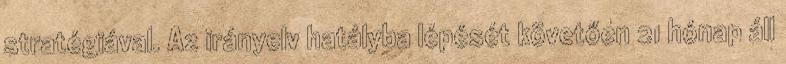
stratégiával. Az irányelv hatályba lépését követően 21 hónap áll